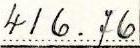
416.76